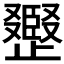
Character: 𣦪